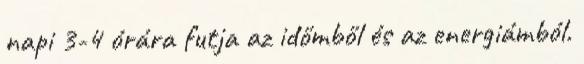
napi 3-4 órára futja az időmből és az energiámból.